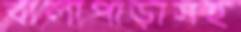
বালাপাড়াসহ